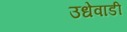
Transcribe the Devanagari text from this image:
उधेवाडी